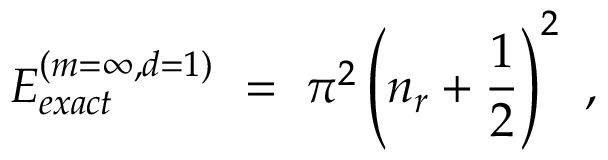
E _ { e x a c t } ^ { ( m = \infty , d = 1 ) } \ = \ \pi ^ { 2 } \left( n _ { r } + \frac { 1 } { 2 } \right) ^ { 2 } \ ,